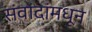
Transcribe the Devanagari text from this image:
संवांदांमधून